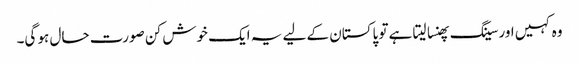
وہ کہیں اور سینگ پھنسا لیتا ہے تو پاکستان کے لیے یہ ایک خوش کن صورت حال ہو گی۔